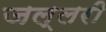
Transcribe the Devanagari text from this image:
जल्लरी